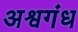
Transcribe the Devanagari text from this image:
अश्वगंध